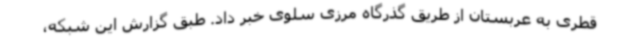
قطری به عربستان از طریق گذرگاه مرزی سلوی خبر داد. طبق گزارش این شبکه،